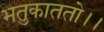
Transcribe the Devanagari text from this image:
भतुकाततो।।